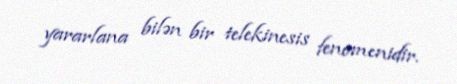
yararlana bilən bir telekinesis fenomenidir.